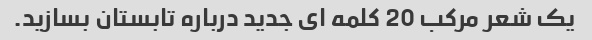
یک شعر مرکب 20 کلمه ای جدید درباره تابستان بسازید.